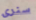
سنرى